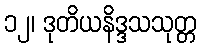
၁၂၊ ဒုတိယနိဒ္ဒသသုတ္တ